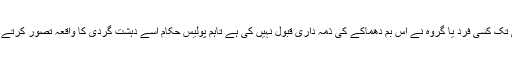
ابھی تک کسی فرد یا گروہ نے اس بم دھماکے کی ذمہ داری قبول نہیں کی ہے تاہم پولیس حکام اسے دہشت گردی کا واقعہ تصور کرتے ہیں۔